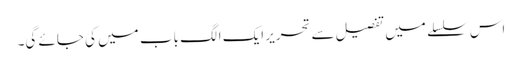
اس سلسلے میں تفصیل سے تحریر ایک الگ باب میں کی جائے گی۔